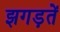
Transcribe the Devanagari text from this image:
झगड़तें